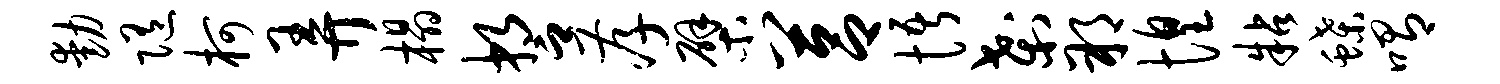
动随柯弄榻誓孝檗莒悟刹朔惶粘蝶喟